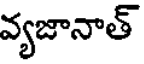
వ్యజానాత్